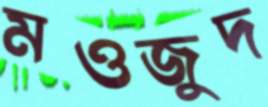
মওজুদ